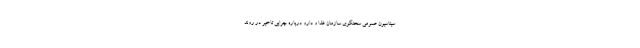
سیناسیون عمومی سخنگوی سازمان غذا و دارو درباره چرایی تاخیر در روند